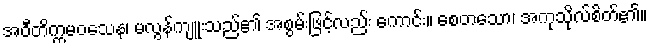
အဝီတိက္ကမဝသေန၊ မလွန်ကျူးသည်၏ အစွမ်းဖြင့်လည်း ကောင်း။ စေတသော၊ အကုသိုလ်စိတ်၏။